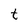
Character: t